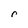
Character: r